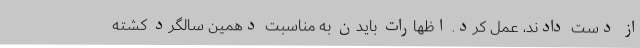
از دست دادند،‌ عمل کرد. اظهارات بایدن به مناسبت دهمین سالگرد کشته